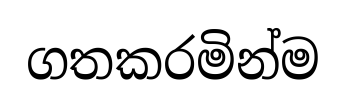
ගතකරමින්ම